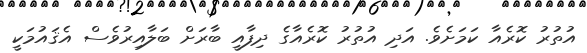
އުތުރު ކޮރެއާ ކަމަށެވެ. އަދި އުތުރު ކޮރެއާގެ ދިފާއީ ބާރަށް ބަލާއިރުވެސް އެޤައުމަކީ